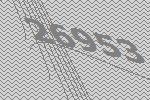
26953